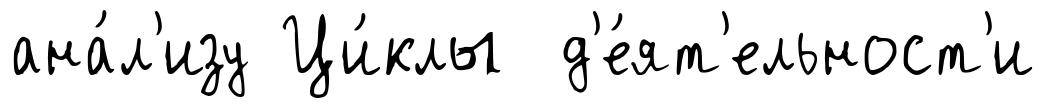
ана́л'изу Ци́клы д'е́ят'ельност'и